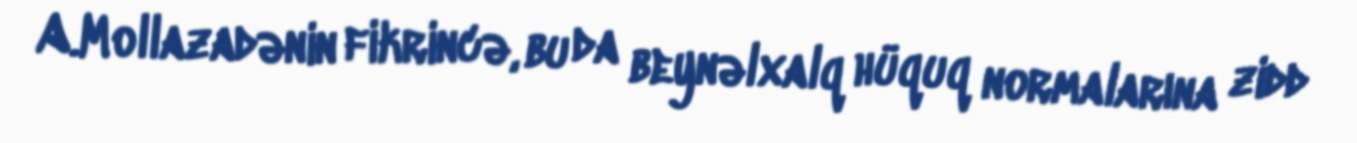
A.Mollazadənin fikrincə, bu da beynəlxalq hüquq normalarına zidd